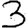
Digit: 3